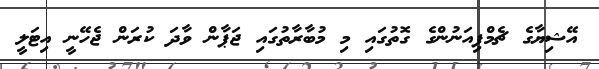
އޭޝިޔާގެ ޗެމްޕިއަނުންގެ ގޮތުގައި މި މުބާރާތުގައި ޖަޕާން ވާދަ ކުރަން ޖެހޭނީ އިޓަލީ